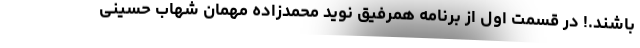
باشند.! در قسمت اول از برنامه همرفیق نوید محمدزاده مهمان شهاب حسینی